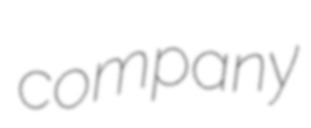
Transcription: company